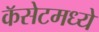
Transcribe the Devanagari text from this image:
कॅसेटमध्ये